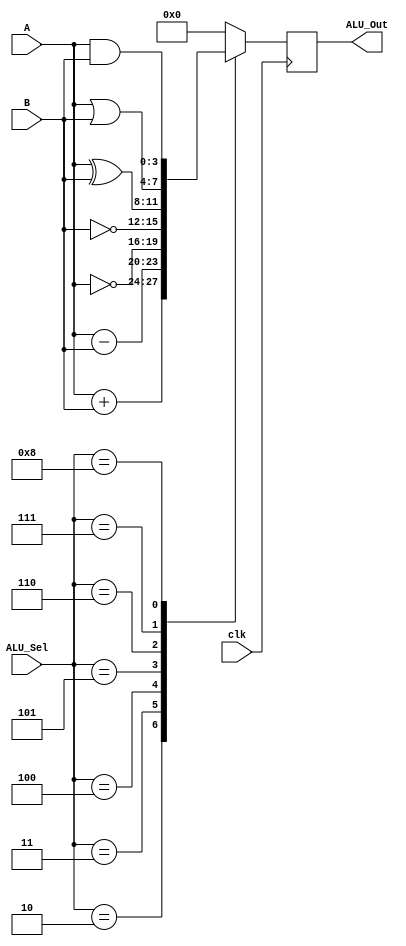
module alu(
           input [3:0] A,B,  // ALU 8-bit Inputs                 
           input [3:0] ALU_Sel,// ALU Selection
           input clk,
           output [3:0] ALU_Out
    );
reg [3:0] ALU_Result;
assign ALU_Out = ALU_Result; // ALU out
always @(posedge clk)
begin
  case(ALU_Sel)
	  4'b0010: 
		  ALU_Result = A + B;
	  4'b0011: 
		  ALU_Result = A - B;
	  4'b0100: 
		  ALU_Result = ~A;
	  4'b0101: 
		  ALU_Result = ~B;
	  4'b0110: 
		  ALU_Result = A ^ B;
	  4'b0111: 
		  ALU_Result = A|B;
	  4'b1000:
		  ALU_Result = A & B;				 
	  default: ALU_Result = 4'b0000; 
  endcase
end

endmodule